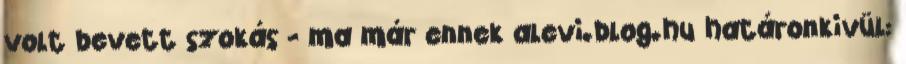
volt bevett szokás - ma már ennek alevi.blog.hu határonkivül: